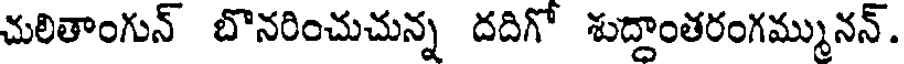
చులితాంగున్ బొనరించుచున్న దదిగో శుద్దాంతరంగమ్మునన్.